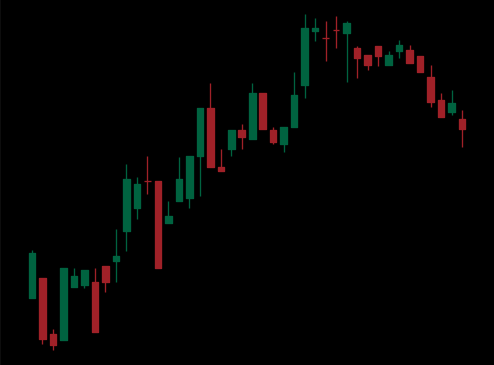
Pattern: bear_flag